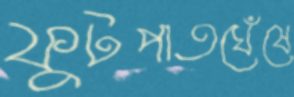
ফুটপাতঘেঁষে